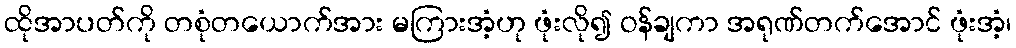
ထိုအာပတ်ကို တစုံတယောက်အား မကြားအံ့ဟု ဖုံးလို၍ ဝန်ချကာ အရုဏ်တက်အောင် ဖုံးအံ့၊